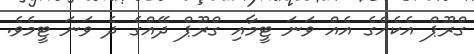
ގްރޫޕް އެކެއްގެ އެއް ވަނަ ޓީމާއި ގްރޫޕް ދޭއްގެ ދެ ވަނަ ޓީމެވެ.